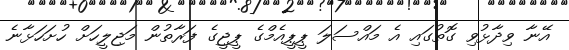
އޭނާ ވިދާޅުވި ގޮތުގައި އެ މައްސަލަ ޕީޕީއެމްގެ ޕީޖީގެ ފަރާތުން މަޖިލީހަށް ހުށަހަޅާނެ